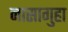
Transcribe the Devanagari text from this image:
नासागुहा